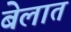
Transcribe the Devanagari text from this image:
बेलात